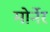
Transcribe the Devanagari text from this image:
मोर्नेर